Civil Veterinary Dept. Bombay admin report 1907-1913 - 1907-1913
Year: 1907
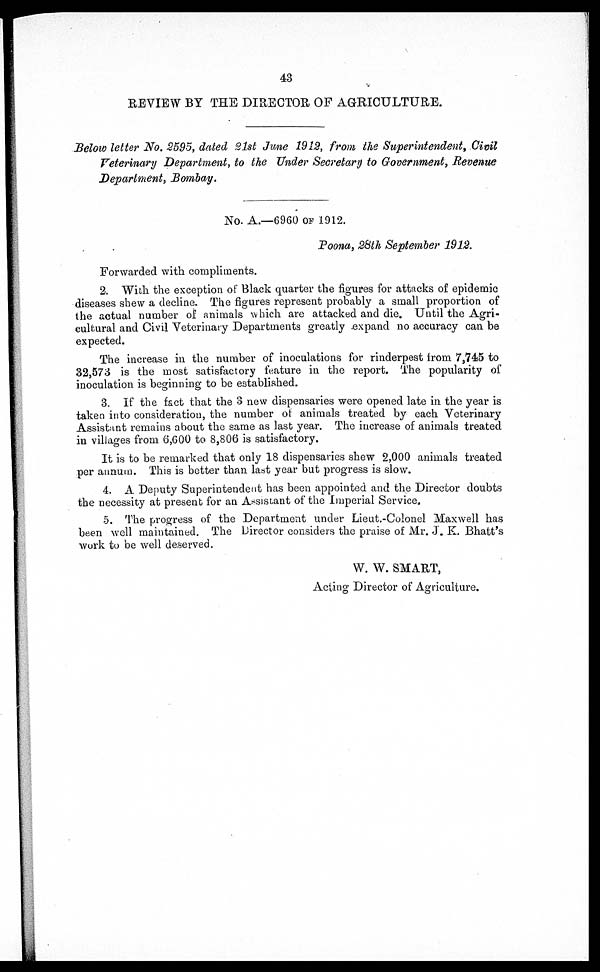
43
REVIEW BY THE DIRECTOR OF AGRICULTURE.
Below letter No. 2595, dated 21st June 1912, from the Superintendent, Civil
Veterinary Department, to the Under Secretary to Government, Revenue
Department, Bombay.
No. A.—6960 OF 1912.
Poona, 28th September 1912.
Forwarded with compliments.
2. With the exception of Black quarter the figures for attacks of epidemic
diseases shew a decline. The figures represent probably a small proportion of
the actual number of animals which are attacked and die. Until the Agri-
cultural and Civil Veterinary Departments greatly expand no accuracy can be
expected.
The increase in the number of inoculations for rinderpest from 7,745 to
32,573 is the most satisfactory feature in the report. The popularity of
inoculation is beginning to be established.
3. If the fact that the 3 new dispensaries were opened late in the year is
taken into consideration, the number of animals treated by each Veterinary
Assistant remains about the same as last year. The increase of animals treated
in villages from 6,600 to 8,806 is satisfactory.
It is to be remarked that only 18 dispensaries shew 2,000 animals treated
per annum. This is better than last year but progress is slow.
4. A Deputy Superintendent has been appointed and the Director doubts
the necessity at present for an Assistant of the Imperial Service.
5. The progress of the Department under Lieut.-Colonel Maxwell has
been well maintained. The Director considers the praise of Mr. J. K. Bhatt's
work to be well deserved.
W. W. SMART,
Acting Director of Agriculture.